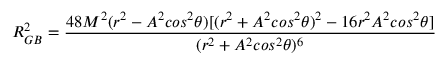
{ \cal { R } } _ { G B } ^ { 2 } = { \frac { 4 8 M ^ { 2 } ( r ^ { 2 } - A ^ { 2 } { c o s } ^ { 2 } \theta ) [ ( r ^ { 2 } + A ^ { 2 } { c o s } ^ { 2 } \theta ) ^ { 2 } - 1 6 r ^ { 2 } A ^ { 2 } { c o s } ^ { 2 } \theta ] } { ( r ^ { 2 } + A ^ { 2 } { c o s } ^ { 2 } \theta ) ^ { 6 } } } \,